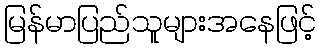
မြန်မာပြည်သူများအနေဖြင့်